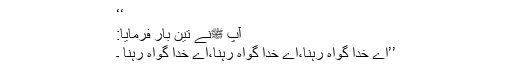
‘‘
آپ ﷺنے تین بار فرمایا:
’’اے خدا گواہ رہنا،اے خدا گواہ رہنا،اے خدا گواہ رہنا ۔